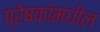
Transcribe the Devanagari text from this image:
प्रेषकांमधील